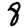
Digit: 8